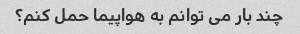
چند بار می توانم به هواپیما حمل کنم؟